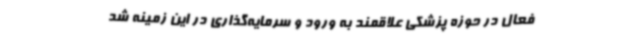
فعال در حوزه پزشکی علاقمند به ورود و سرمایه‌گذاری در این زمینه شد